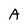
Character: A